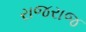
રાજરાજ